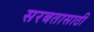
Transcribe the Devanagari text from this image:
सरबतासाठी